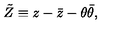
\tilde { Z } \equiv z - \bar { z } - \theta \bar { \theta } ,